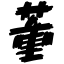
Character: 董